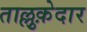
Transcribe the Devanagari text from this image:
ताल्लुक़ेदार